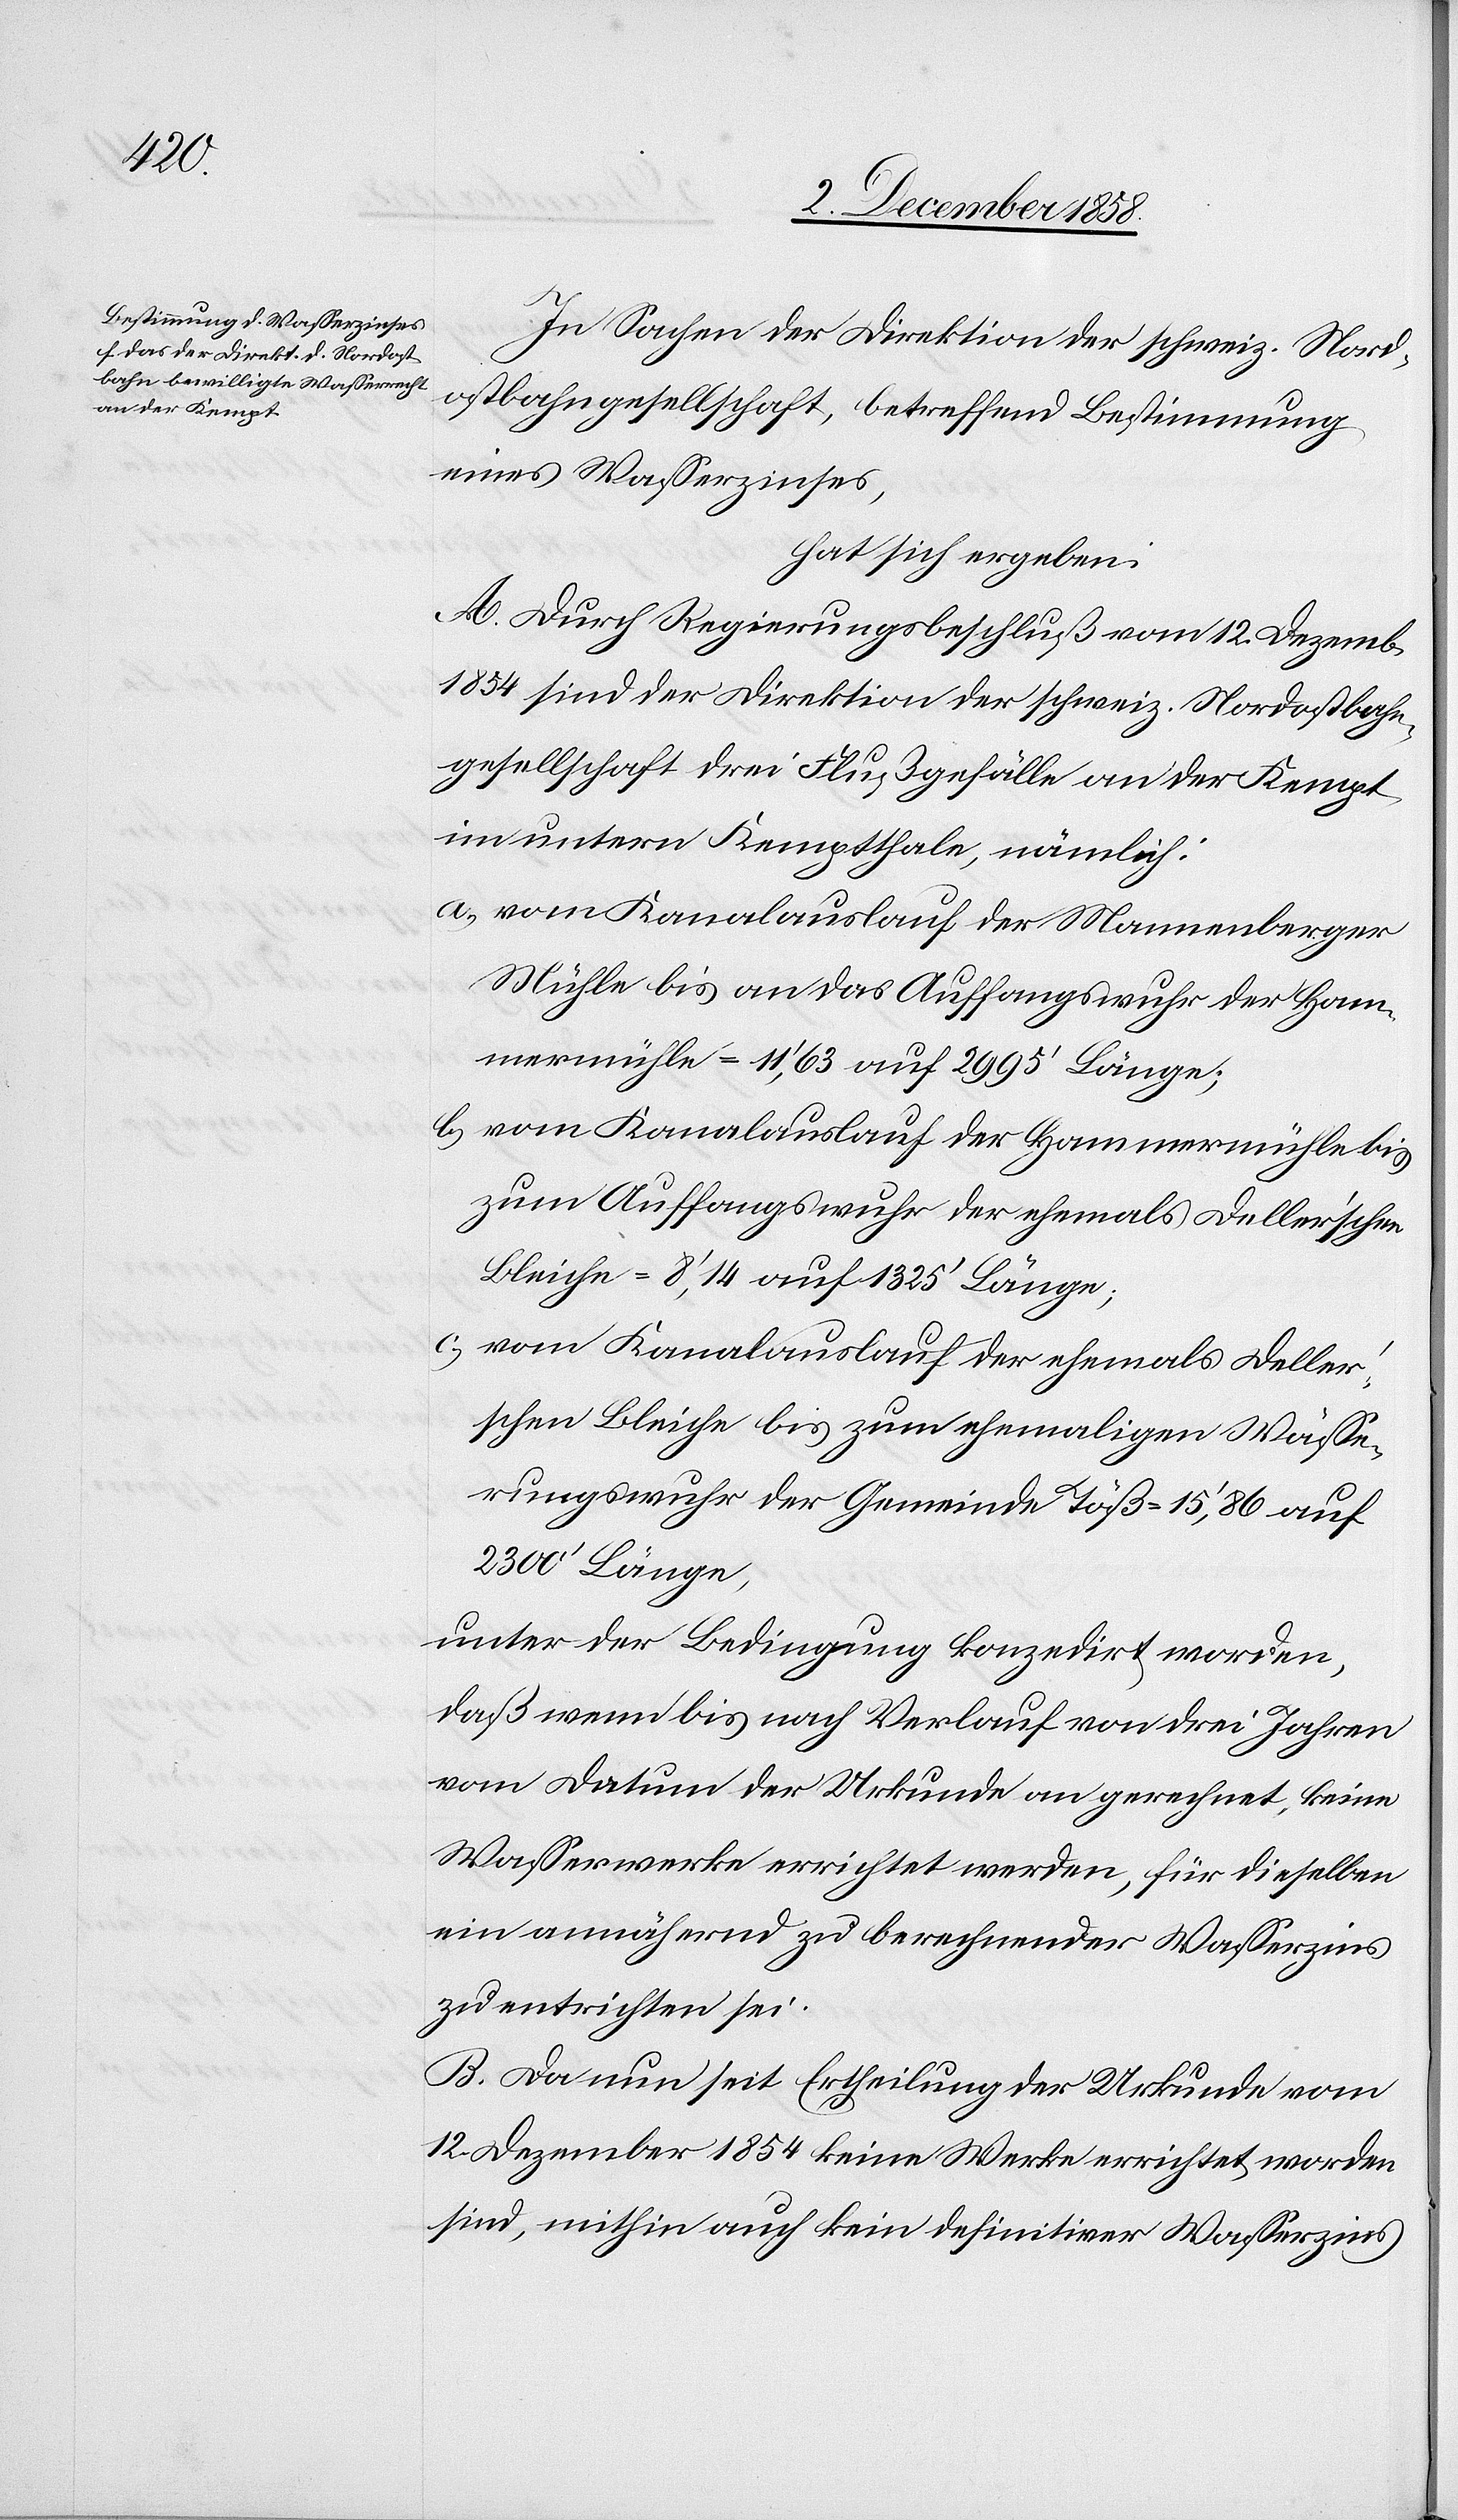
In Sachen der Direktion der schweiz. Nord¬
ostbahngesellschaft, betreffend Bestimmung
eines Wasserzinses,
hat sich ergeben:
A. Durch Regierungsbeschluß vom 12. Dezemb.
1854 sind der Direktion der schweiz. Nordostbahn¬
gesellschaft drei Flußgefälle an der Kempt
im untern Kemptthale, nämlich:
vom Kanalauslauf der Mannenberger
Mühle bis an das Auffangswuhr der Ham¬
mermühle = 11‘,63 auf 2995‘ Länge;
vom Kanalauslauf der Hammermühle bis
zum Auffangswuhr der ehemals Deller’schen
Bleiche = 8‘,14 auf 1325‘ Länge;
vom Kanalauslauf der ehemals Deller’s¬
chen Bleiche bis zum ehemaligen Wässe¬
rungswuhr der Gemeinde Töß = 15‘,86 auf
2300‘ Länge,
unter der Bedingung konzedirt worden,
daß wenn bis nach Verlauf von drei Jahren
vom Datum der Urkunde an gerechnet, keine
Wasserwerke errichtet werden, für dieselben
ein annähernd zu berechnender Wasserzins
zu entrichten sei.
B. Da nun seit Ertheilung der Urkunde vom
12. Dezember 1854 keine Werke errichtet worden
sind, mithin auch kein definitiver Wasserzins